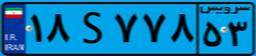
۱۸S۷۷۸۵۳